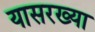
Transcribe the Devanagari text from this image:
यासरख्या